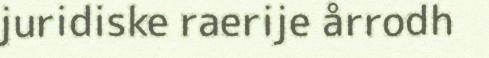
juridiske raerije årrodh